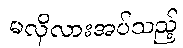
မလိုလားအပ်သည့်